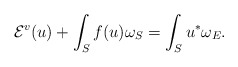
\begin{align*} {\mathcal{E}}^v(u) + \int_S f(u) \omega_S = \int_S u^* \omega_E .\end{align*}